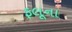
ફલૂના